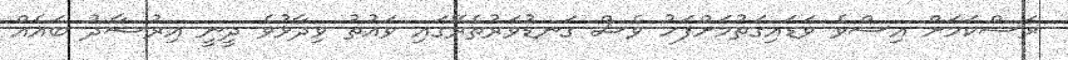
ރަސްކަމަށް އިސްވެ ވަޑައިގަތުމަށްފަހު ވެސް ގަނޑުވަރުތެރޭގައި ވައުޡު ވިދާޅުވެ ދީނީ އިރުޝާދު ބައެއް